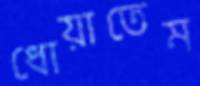
ধোয়াতেম